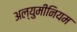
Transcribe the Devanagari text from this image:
अल्युमीनियम